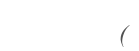
(